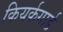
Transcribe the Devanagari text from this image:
कियर्कगार्ड